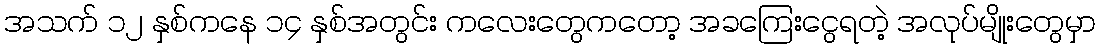
အသက် ၁၂ နှစ်ကနေ ၁၄ နှစ်အတွင်း ကလေးတွေကတော့ အခကြေးငွေရတဲ့ အလုပ်မျိုးတွေမှာ